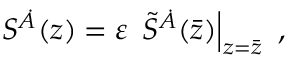
S ^ { \dot { \cal A } } ( z ) = \varepsilon \, \left. \widetilde S ^ { \dot { \cal A } } ( \bar { z } ) \right| _ { z = \bar { z } } ~ ,